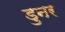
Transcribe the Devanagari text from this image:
डुनर